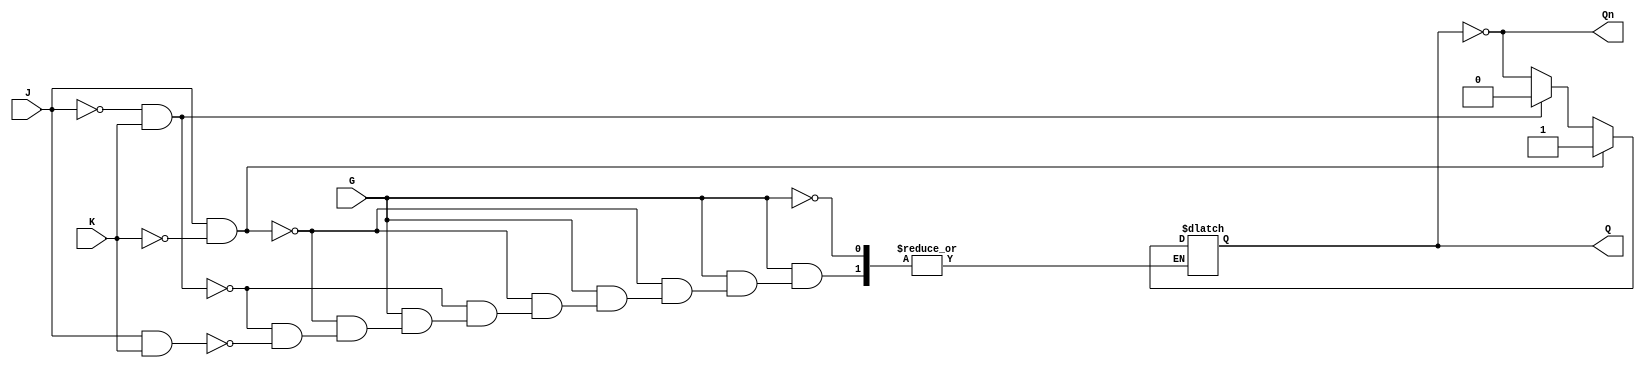
module GatedJKLatch (
    input wire J,      // Set input
    input wire K,      // Reset input
    input wire G,      // Gate input
    output reg Q,      // Output Q
    output wire Qn     // Complement of Q
);

    assign Qn = ~Q; // Q' is the complement of Q

    always @(*) begin
        if (G) begin
            if (J && ~K) begin
                Q = 1'b1; // Set Q to 1
            end else if (~J && K) begin
                Q = 1'b0; // Reset Q to 0
            end else if (J && K) begin
                Q = ~Q; // Toggle Q
            end
            // If both J and K are 0, Q remains unchanged
        end
        // If G is low, Q retains its previous state
    end

endmodule